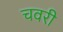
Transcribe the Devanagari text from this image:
चवरी